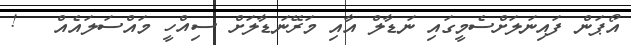
އޯޕަން ފައިނަލަށްސެމީގައި ނަޑާލް އާއި މަރޭނަޑާލަށް ސިއްހީ މައްސަލައެއް   !